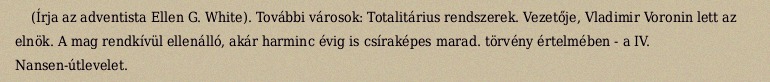
(Írja az adventista Ellen G. White). További városok: Totalitárius rendszerek. Vezetője, Vladimir Voronin lett az elnök. A mag rendkívül ellenálló, akár harminc évig is csíraképes marad. törvény értelmében - a IV. Nansen-útlevelet.